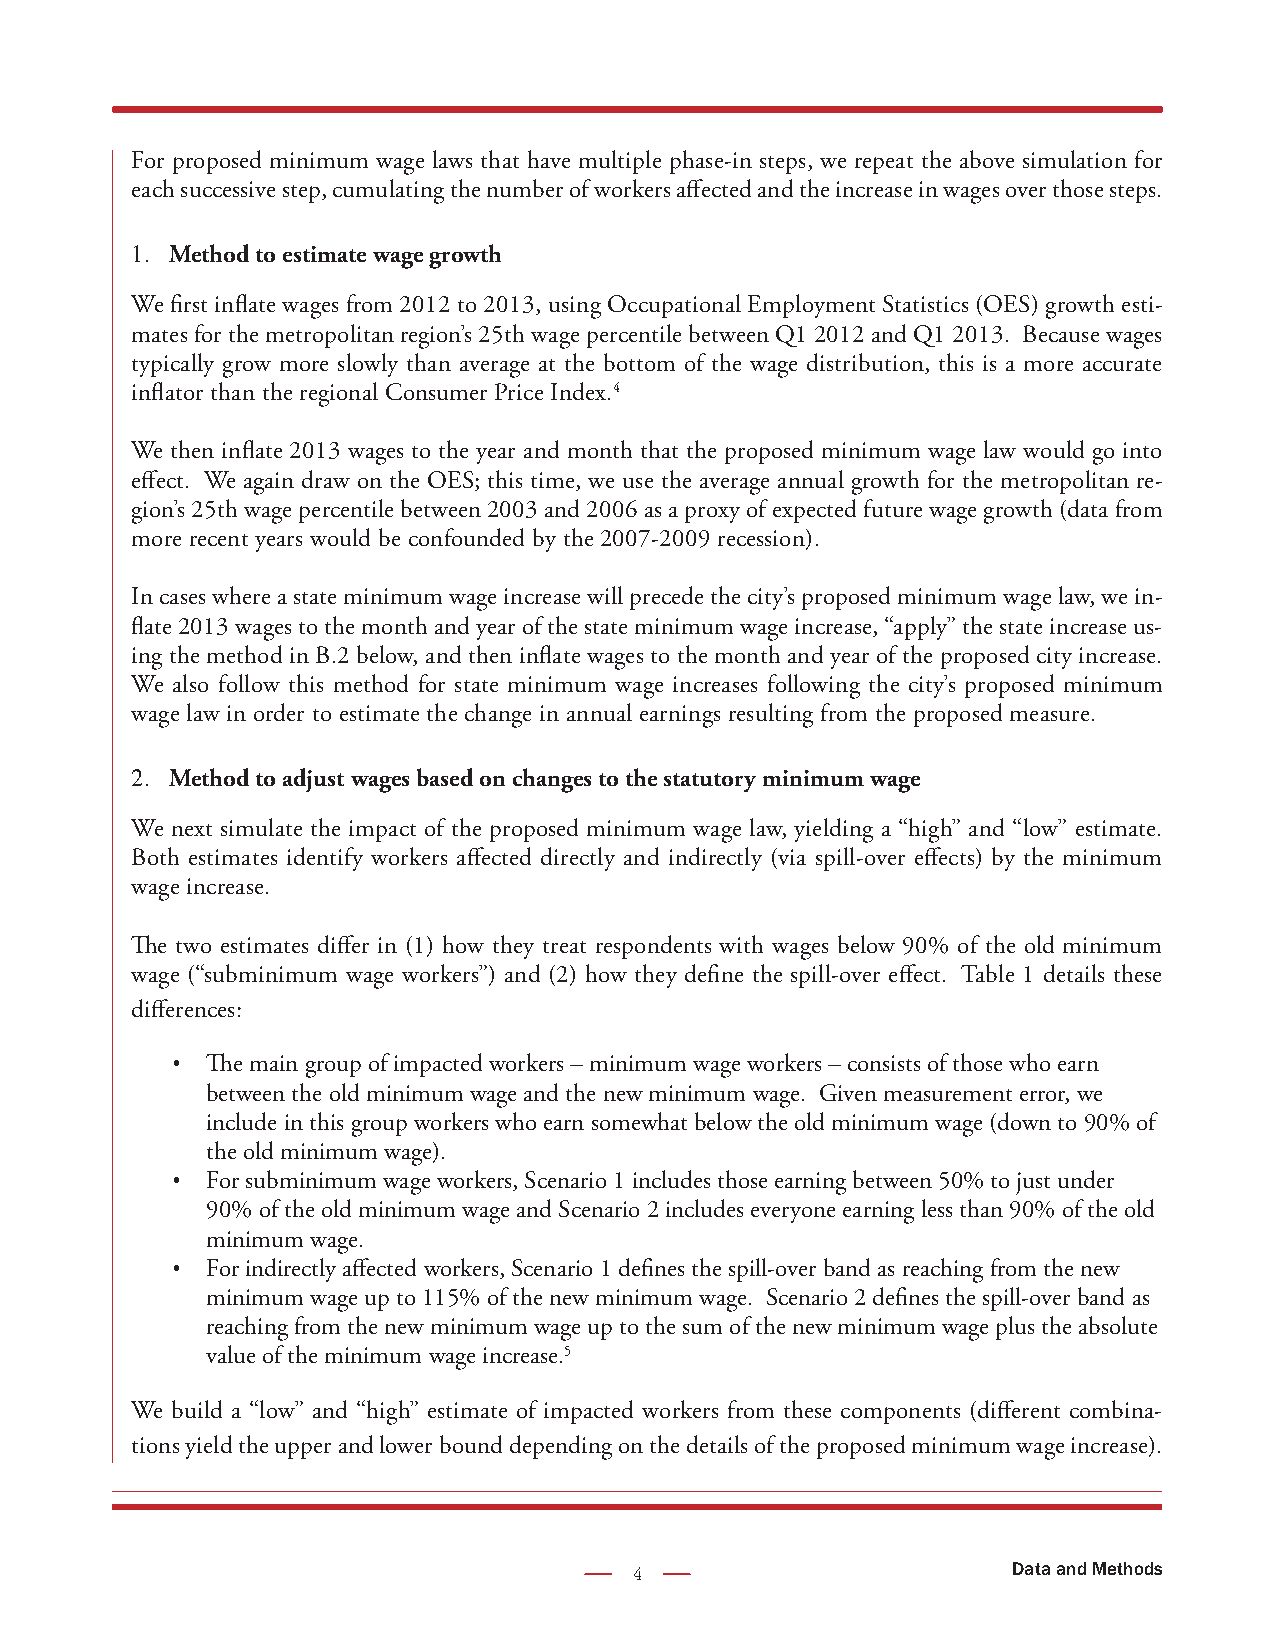
For proposed minimum wage laws that have multiple phase-in steps, we repeat the above simulation for
 each successive step, cumulating the number of workers affected and the increase in wages over those steps.
 1. Method to estimate wage growth
 We first inflate wages from 2012 to 2013, using Occupational Employment Statistics (OES) growth esti-
 mates for the metropolitan region’s 25th wage percentile between Q1 2012 and Q1 2013. Because wages
 typically grow more slowly than average at the bottom of the wage distribution, this is a more accurate
 inflator than the regional Consumer Price Index.4
 We then inflate 2013 wages to the year and month that the proposed minimum wage law would go into
 effect. We again draw on the OES; this time, we use the average annual growth for the metropolitan re-
 gion’s 25th wage percentile between 2003 and 2006 as a proxy of expected future wage growth (data from
 more recent years would be confounded by the 2007-2009 recession).
 In cases where a state minimum wage increase will precede the city’s proposed minimum wage law, we in-
 flate 2013 wages to the month and year of the state minimum wage increase, “apply” the state increase us-
 ing the method in B.2 below, and then inflate wages to the month and year of the proposed city increase.
 We also follow this method for state minimum wage increases following the city’s proposed minimum
 wage law in order to estimate the change in annual earnings resulting from the proposed measure.
 2. Method to adjust wages based on changes to the statutory minimum wage
 We next simulate the impact of the proposed minimum wage law, yielding a “high” and “low” estimate.
 Both estimates identify workers affected directly and indirectly (via spill-over effects) by the minimum
 wage increase.
 The two estimates differ in (1) how they treat respondents with wages below 90% of the old minimum
 wage (“subminimum wage workers”) and (2) how they define the spill-over effect. Table 1 details these
 differences:
 The main group of impacted workers – minimum wage workers – consists of those who earn
 •
 between the old minimum wage and the new minimum wage. Given measurement error, we
 include in this group workers who earn somewhat below the old minimum wage (down to 90% of
 the old minimum wage).
 For subminimum wage workers, Scenario 1 includes those earning between 50% to just under
 •
 90% of the old minimum wage and Scenario 2 includes everyone earning less than 90% of the old
 minimum wage.
 For indirectly affected workers, Scenario 1 defines the spill-over band as reaching from the new
 •
 minimum wage up to 115% of the new minimum wage. Scenario 2 defines the spill-over band as
 reaching from the new minimum wage up to the sum of the new minimum wage plus the absolute
 value of the minimum wage increase.5
 We build a “low” and “high” estimate of impacted workers from these components (different combina-
 tions yield the upper and lower bound depending on the details of the proposed minimum wage increase).
 4                        Data and Methods